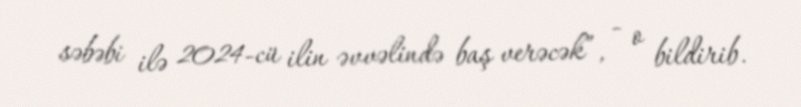
səbəbi ilə 2024-cü ilin əvvəlində baş verəcək”, - o bildirib.